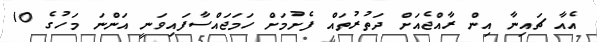
އެއާ ޗައިނާ އިން ރާއްޖެއަށް ދަތުރުތައް ފެށުމަށް ހަމަޖައްސާފައިވަނީ އަންނަ މަހުގެ 10